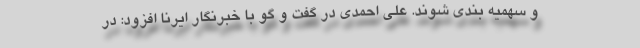
و سهمیه بندی شوند. علی احمدی در گفت و گو با خبرنگار ایرنا افزود: در